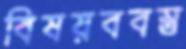
বিষয়ববস্তু